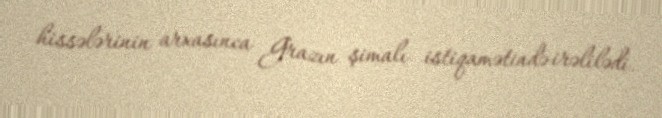
hissələrinin arxasınca Grazın şimalı istiqamətində irəlilədi.